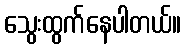
သွေးထွက်နေပါတယ်။